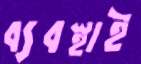
ব্যবস্থাই